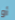
أو